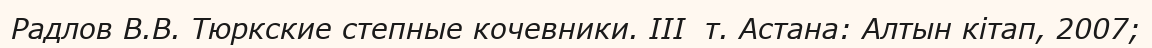
Радлов В.В. Тюркские степные кочевники. III  т. Астана: Алтын кітап, 2007;